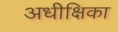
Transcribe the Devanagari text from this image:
अधीक्षिका